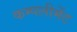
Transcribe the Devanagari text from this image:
कम्पलीमेंट